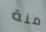
منة